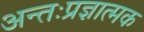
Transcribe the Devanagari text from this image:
अन्तःप्रज्ञात्मक